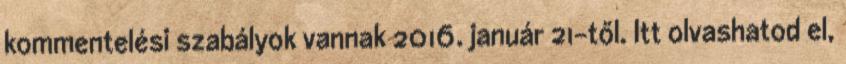
kommentelési szabályok vannak 2016. január 21-től. Itt olvashatod el,